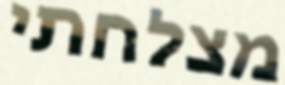
מצלחתי